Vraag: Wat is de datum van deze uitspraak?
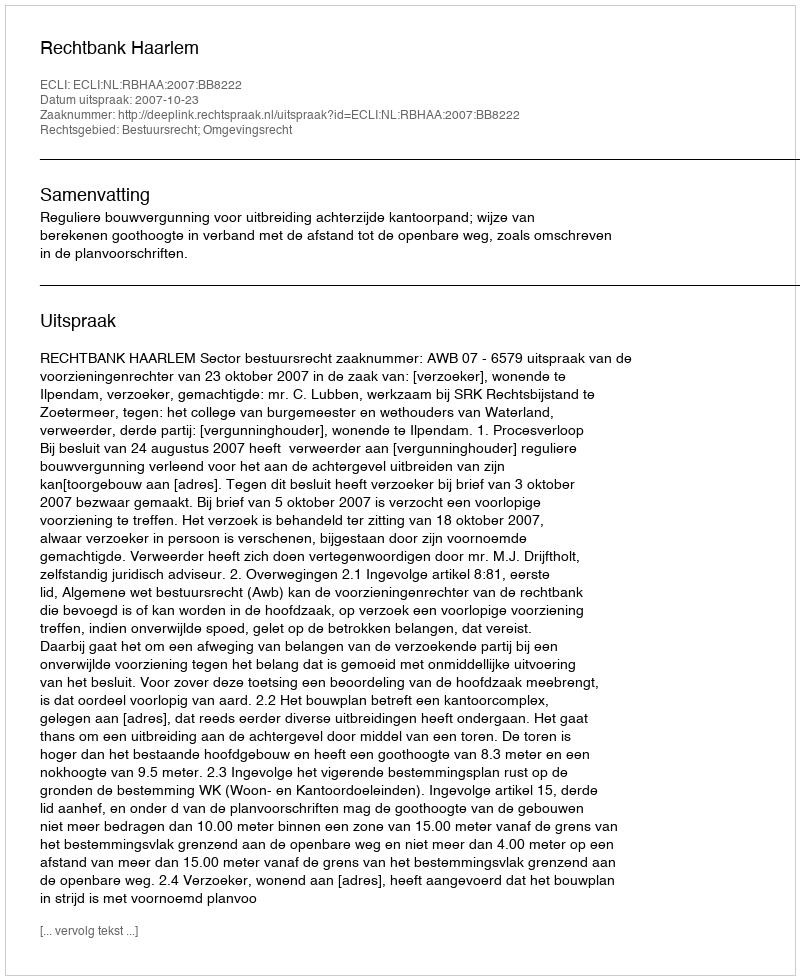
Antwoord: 2007-10-23